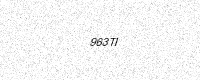
Text: 963TI